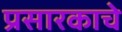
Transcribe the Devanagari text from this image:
प्रसारकाचे